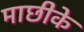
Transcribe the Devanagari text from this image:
माछीके